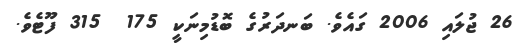
26 ޖުލައި 2006 ގައެވެ. ބަނދަރުގެ ބޮޑުމިނަކީ 175  315 ފޫޓެވެ.